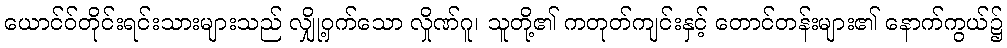
ယောင်ဝ်တိုင်းရင်းသားများသည် လျှို့ဝှက်သော လှိုဏ်ဂူ၊ သူတို့၏ ကတုတ်ကျင်းနှင့် တောင်တန်းများ၏ နောက်ကွယ်၌